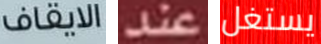
الايقاف عند يستغل